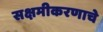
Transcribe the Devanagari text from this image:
सक्षमीकरणाचे